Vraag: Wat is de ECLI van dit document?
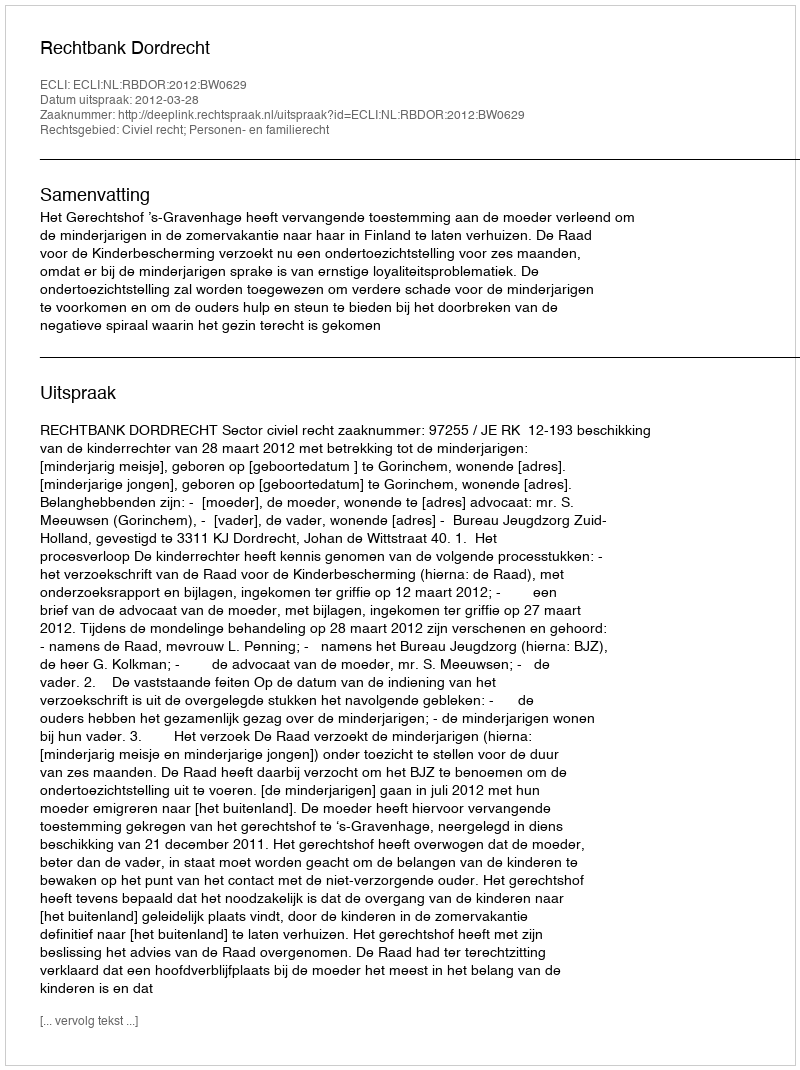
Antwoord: ECLI:NL:RBDOR:2012:BW0629